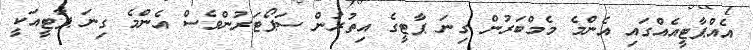
އެއްޕާޓީއެއްގައި އެންމެ މެމްބަރުން ގިނަ ޕާޓީގެ އިތުރުން ސަޕޯޓަރުންވެސް އެންމެ ގިނަ ޕާޓީއަކީ